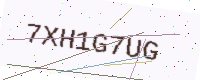
Text: 7XH1G7UG